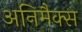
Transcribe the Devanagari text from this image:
अनिमैक्स